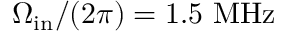
\Omega _ { \mathrm { i n } } / ( 2 \pi ) = 1 . 5 ~ \mathrm { M H z }